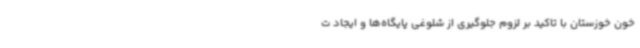
خون خوزستان با تاکید بر لزوم جلوگیری از شلوغی پایگاه‌ها و ایجاد ت